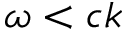
\omega < c k